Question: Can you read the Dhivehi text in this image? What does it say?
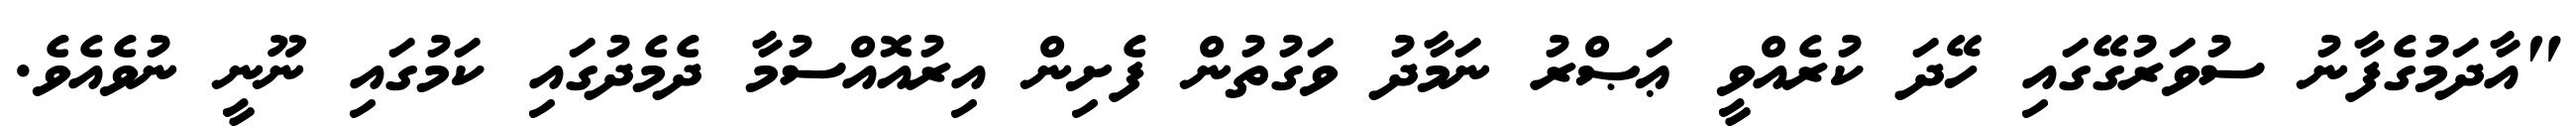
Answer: "އާދަމުގެފާނު ސުވަރުގޭގައި ހޭދަ ކުރެއްވީ ޢަޞްރު ނަމާދު ވަގުތުން ފެށިން އިރުއޮއްސުމާ ދެމެދުގައި ކަމުގައި ނޫނީ ނުވެއެވެ.